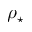
\rho _ { \star }